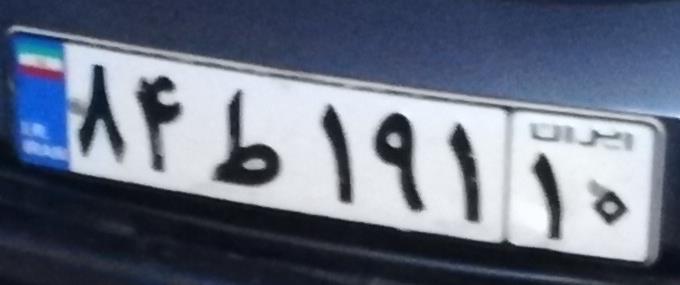
۸۴ط۱۹۱۱۰